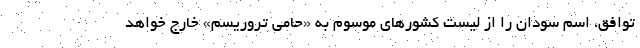
توافق، اسم سودان را از لیست کشورهای موسوم به «حامی تروریسم» خارج خواهد